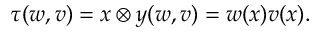
\tau ( w , v ) = { x \otimes y } ( w , v ) = w ( x ) v ( x ) .